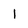
Character: l